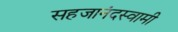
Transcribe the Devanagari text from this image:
सहजानंदस्वामी